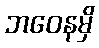
ဘဝေနမှိ